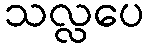
သလ္လပေ